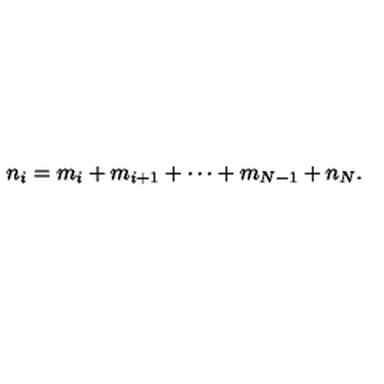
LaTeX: n _ { i } = m _ { i } + m _ { i + 1 } + \cdots + m _ { N - 1 } + n _ { N } .